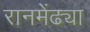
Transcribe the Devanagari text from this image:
रानमेंढ्या